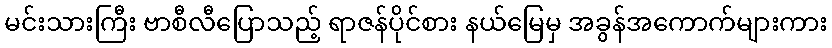
မင်းသားကြီး ဗာစီလီပြောသည့် ရာဇန်ပိုင်စား နယ်မြေမှ အခွန်အကောက်များကား